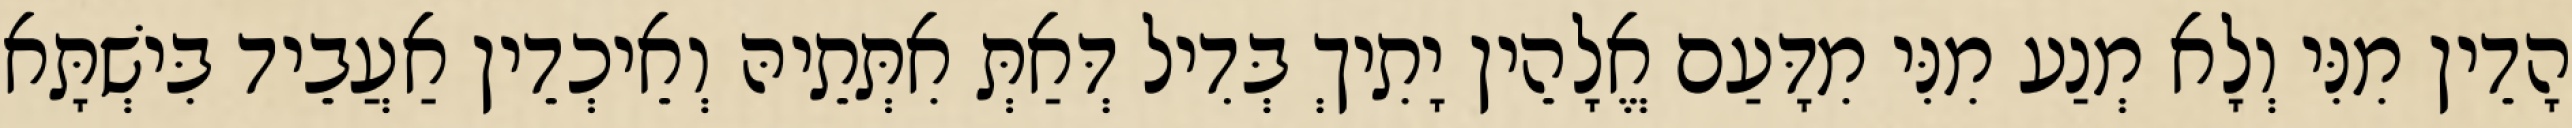
הָדֵין מִנִּי וְלָא מְנַע מִנִּי מִדָּעַם אֱלָהֵין יָתִיךְ בְּדִיל דְּאַתְּ אִתְּתֵיהּ וְאֵיכְדֵין אַעֲבֵיד בִּישְׁתָּא